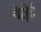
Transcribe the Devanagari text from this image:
गेल्लेर्ट